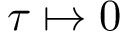
\tau \mapsto 0